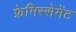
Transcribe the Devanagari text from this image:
फ्रेमिस्सेमेंट